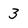
Character: 3